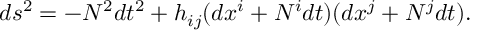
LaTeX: d s ^ { 2 } = - N ^ { 2 } d t ^ { 2 } + h _ { i j } ( d x ^ { i } + N ^ { i } d t ) ( d x ^ { j } + N ^ { j } d t ) .